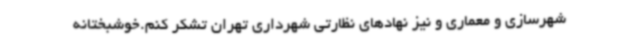
شهرسازی و معماری و نیز نهادهای نظارتی شهرداری تهران تشکر کنم.خوشبختانه